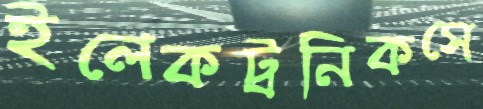
ইলেকট্রনিকসে